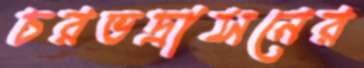
চরভদ্রাসনের